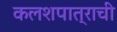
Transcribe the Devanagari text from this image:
कलशपात्राची